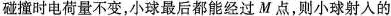
碰撞时电荷量不变，小球最后都能经过M点，则小球射入的